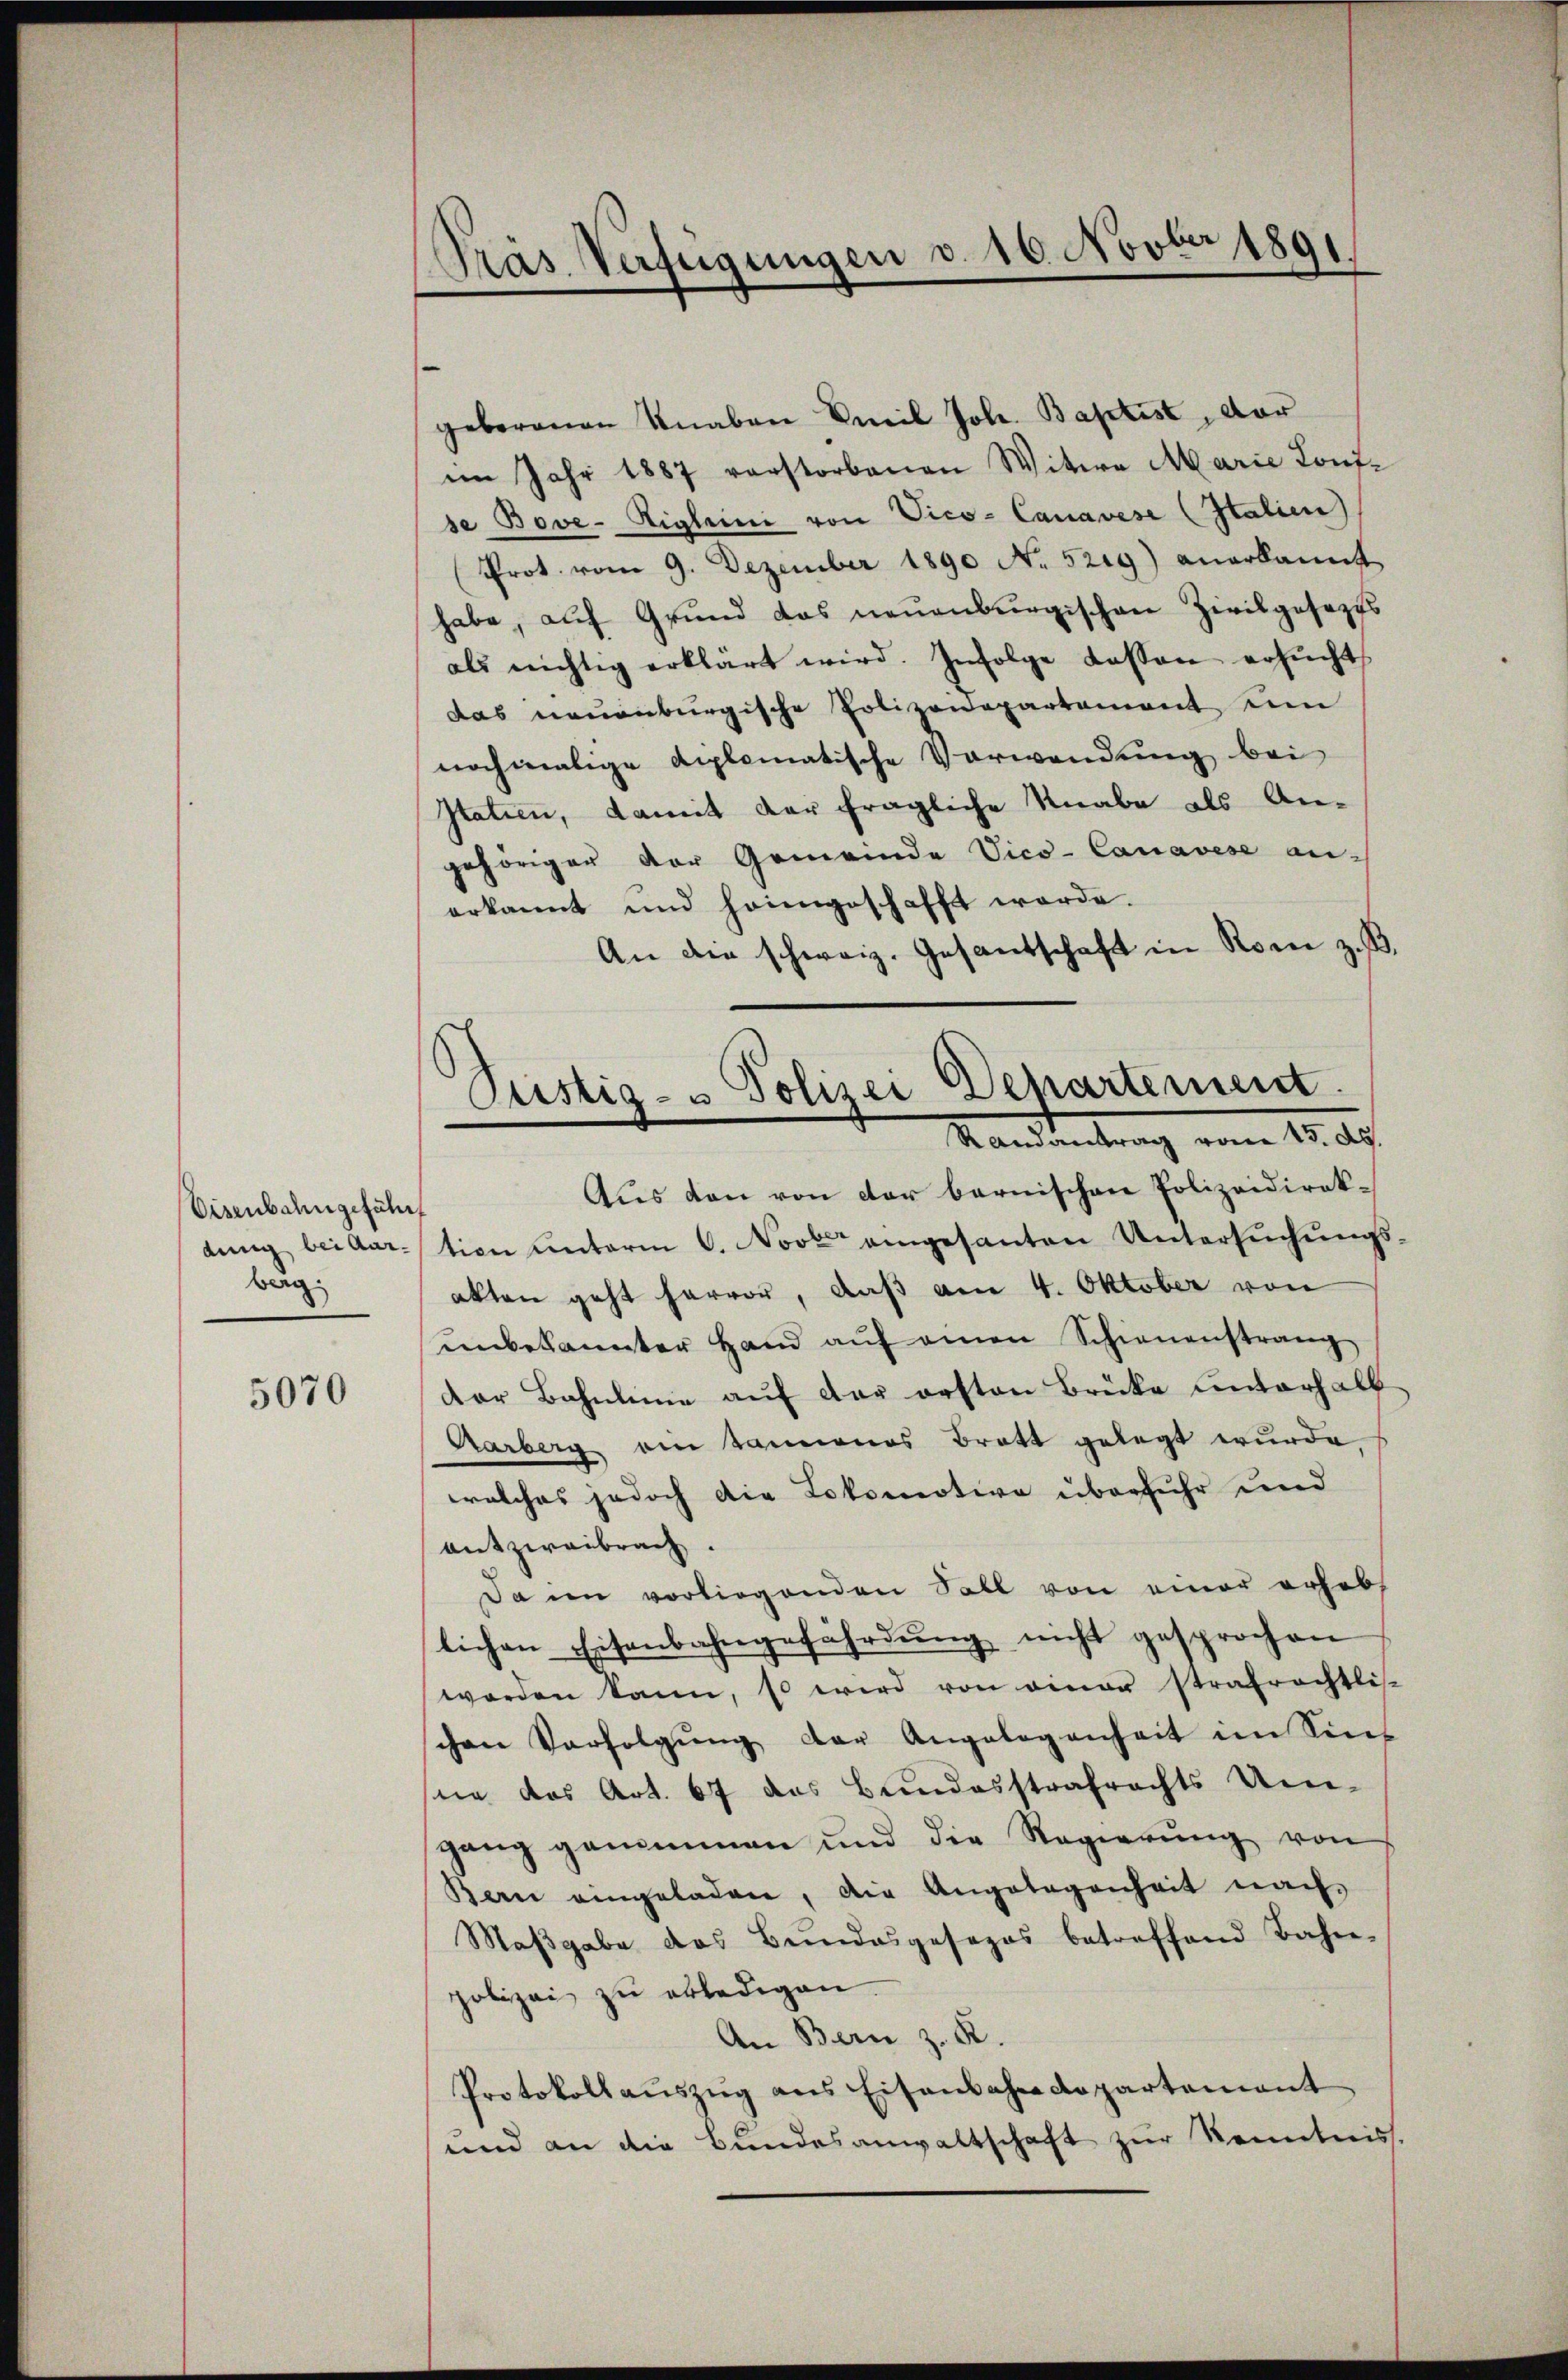
Eisenbahngeführt
ding bei Aar-
berg.

5070

Präs. Verfügungen d. 16. Novber 1891

geborenen Knaben Smil Joh. Baptist, dar
im Jahr 1887 verstorbenen Witwe Marie Konfse Bove-Eigleini von Vice-Canavise (Italien)
Prot. vom 9. Dezember 1890 No 5219) anerkannt
habe, auf Grund das neuenburgischen Zivilgesezts
als nichtig erklärt wird. Infolge dessen ersŭcht,
das neuenburgische Polizonepartement um
nochmalige diplomatische Verwendung bei
Itatien, damit der fragliche Knabe als An-
gehöriger der Gemeinde Vice-Canavese an-
erkannt und heimgeschafft werde.
An die schweiz. Gesantschaft in Rom z. B.
Aus den von der bernischen Polizeidirek-
tion unterm 6. Nove eingesanten Untersuchungsakten geht hervor, daß am 4. Oktober von
ŭnbekannter Hand aŭf einen Schienenstrang
dor Bahnlinie aŭf der ersten Brücke unterhalt
Aarberg ein Tannenes Bratt gelegt wurde,
welches jedoch die Lokomotive überfuhr und
antzweibrach.
Da im vorliegenden Soll von einer erhebt
lichen Eisenbahngefährdung nicht gesprochen
worden kann, so wird von einer strafrechtlis-
schen Verfolgŭng der Angelegenheit im Sin
ne das Art. 67 das Bundesstrafrechts Um-
gang genommen und die Regierŭng von
Bern eingeladen, die Angelegenheit nach
Maβgabe das Bŭndesgesezes betreffend Bahn-
polizei zŭ erledigen.
An Bern z. R.
Protokollaŭszŭg ans Eisenbahre copartement
und an die Bundesanwaltschaft zur Kenntnis.

Püstig- u Polizei Departement.
Randantrag vom 15. ds.